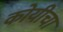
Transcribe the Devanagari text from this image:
कोयीचा